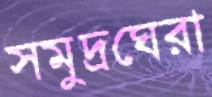
সমুদ্রঘেরা